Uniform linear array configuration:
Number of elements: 32
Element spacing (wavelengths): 0.75
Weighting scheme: binomial
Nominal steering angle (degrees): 45
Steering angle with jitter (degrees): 46.908
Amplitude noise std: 0.05
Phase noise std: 0.05

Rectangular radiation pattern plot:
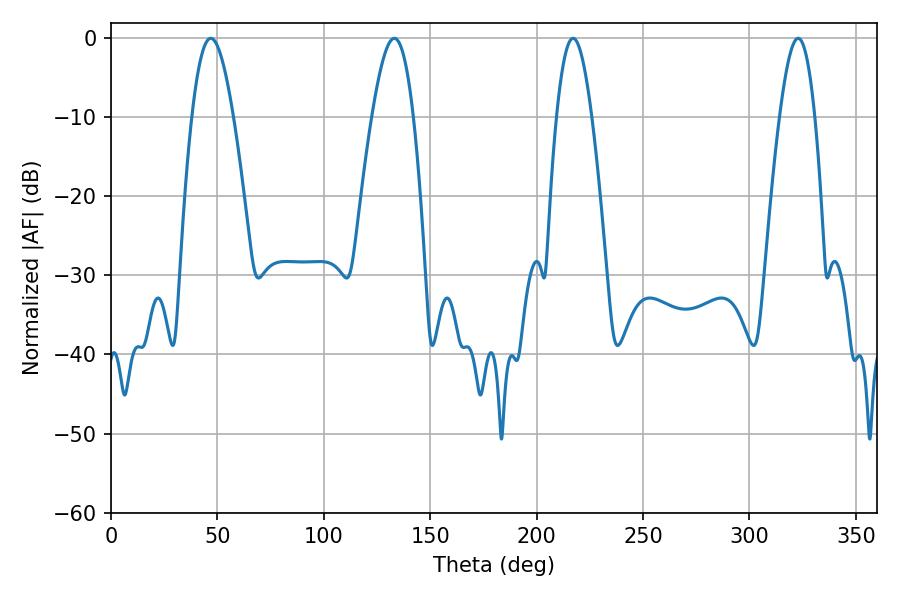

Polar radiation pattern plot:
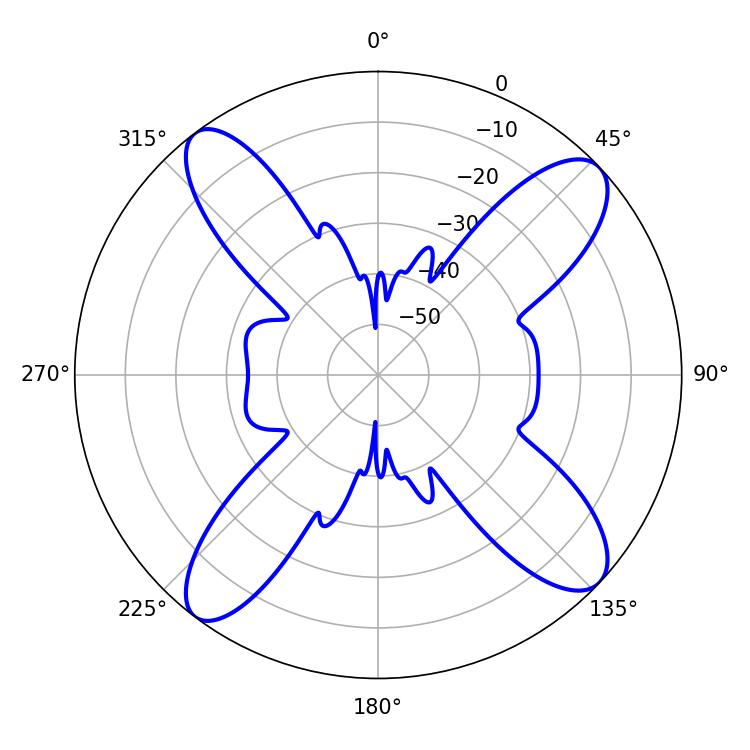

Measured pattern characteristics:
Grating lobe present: TRUE
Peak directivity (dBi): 13.592
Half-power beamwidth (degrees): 9
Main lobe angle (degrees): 217.08